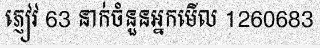
ភ្ញៀវ 63 នាក់ចំនួនអ្នកមើល 1260683